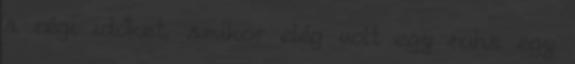
a régi időket, amikor elég volt egy ruha egy